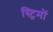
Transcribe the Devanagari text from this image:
स्ट्रिमों